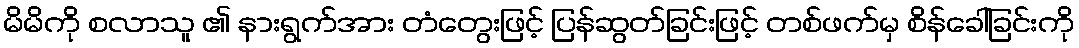
မိမိကို စလာသူ ၏ နားရွက်အား တံတွေးဖြင့် ပြန်ဆွတ်ခြင်းဖြင့် တစ်ဖက်မှ စိန်ခေါ်ခြင်းကို